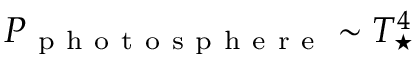
P _ { \mathrm { ~ p ~ h ~ o ~ t ~ o ~ s ~ p ~ h ~ e ~ r ~ e ~ } } \sim T _ { \star } ^ { 4 }